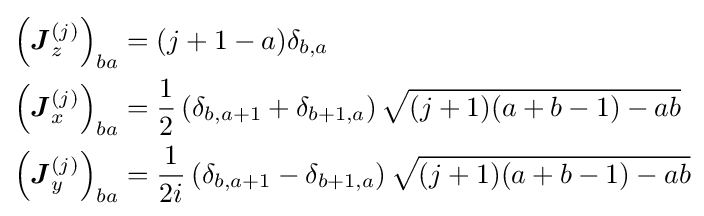
{\begin{aligned}\left({\boldsymbol {J}}_{z}^{(j)}\right)_{ba}&=(j+1-a)\delta _{b,a}\\\left({\boldsymbol {J}}_{x}^{(j)}\right)_{ba}&={\frac {1}{2}}\left(\delta _{b,a+1}+\delta _{b+1,a}\right){\sqrt {(j+1)(a+b-1)-ab}}\\\left({\boldsymbol {J}}_{y}^{(j)}\right)_{ba}&={\frac {1}{2i}}\left(\delta _{b,a+1}-\delta _{b+1,a}\right){\sqrt {(j+1)(a+b-1)-ab}}\\\end{aligned}}